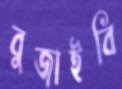
বুজাইবি